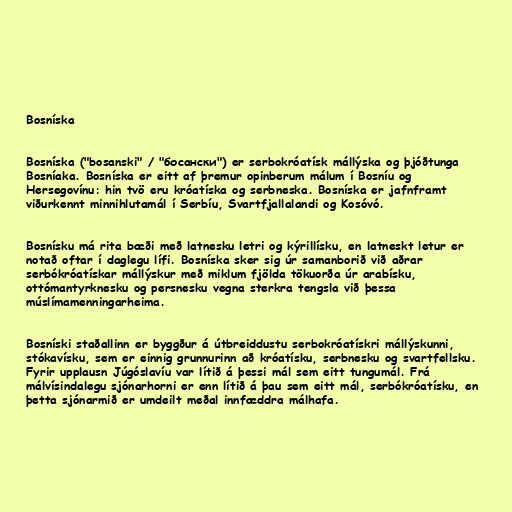
Bosníska

Bosníska ("bosanski" / "босански") er serbokróatísk mállýska og þjóðtunga
Bosníaka. Bosníska er eitt af þremur opinberum málum í Bosníu og
Hersegovínu: hin tvö eru króatíska og serbneska. Bosníska er jafnframt
viðurkennt minnihlutamál í Serbíu, Svartfjallalandi og Kosóvó.

Bosnísku má rita bæði með latnesku letri og kýrillísku, en latneskt letur er
notað oftar í daglegu lífi. Bosníska sker sig úr samanborið við aðrar
serbókróatískar mállýskur með miklum fjölda tökuorða úr arabísku,
ottómantyrknesku og persnesku vegna sterkra tengsla við þessa
múslímamenningarheima.

Bosníski staðallinn er byggður á útbreiddustu serbokróatískri mállýskunni,
stókavísku, sem er einnig grunnurinn að króatísku, serbnesku og svartfellsku.
Fyrir upplausn Júgóslavíu var lítið á þessi mál sem eitt tungumál. Frá
málvísindalegu sjónarhorni er enn lítið á þau sem eitt mál, serbókróatísku, en
þetta sjónarmið er umdeilt meðal innfæddra málhafa.